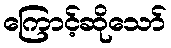
ကြောင့်ဆိုသော်